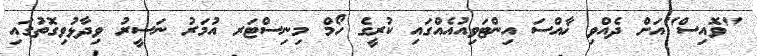
"ވޮއިސް"އަށް ދެއްވި ޚާއްސަ އިންޓަވިއުއެއްގައި ކުރީގެ ހޯމް މިނިސްޓަރ އުމަރު ނަސީރު ވިދާޅުވިގޮތުގައި